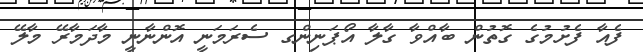
ފެއާ ފެށުމުގެ ގޮތުން ބާއްވާ ގާލާ އޯޕަނިންގ ސެރަމަނީ އޮންނާނީ މާދަމާރޭ މާލޭ